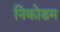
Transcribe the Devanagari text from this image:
निकोडम